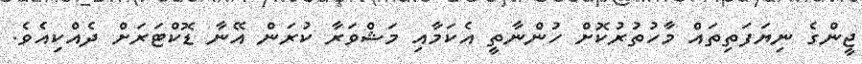
ޖީންގެ ނިޔަފަތިތައް މާހުތުރުކޮށް ހުންނާތީ އެކަމާއި މަޝްވަރާ ކުރަން އޭނާ ޑޮކްޓަރަށް ދެއްކިއެވެ.